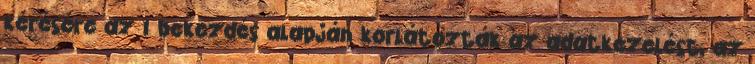
kérésére az 1 bekezdés alapján korlátozták az adatkezelést, az